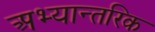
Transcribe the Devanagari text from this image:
अभ्यान्तरिक